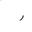
Letter: _ra